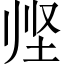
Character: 𱖣